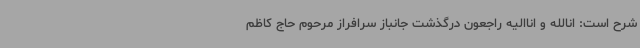
شرح است: انالله و اناالیه راجعون درگذشت جانباز سرافراز مرحوم حاج کاظم